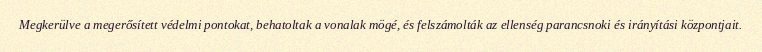
Megkerülve a megerősített védelmi pontokat, behatoltak a vonalak mögé, és felszámolták az ellenség parancsnoki és irányítási központjait.